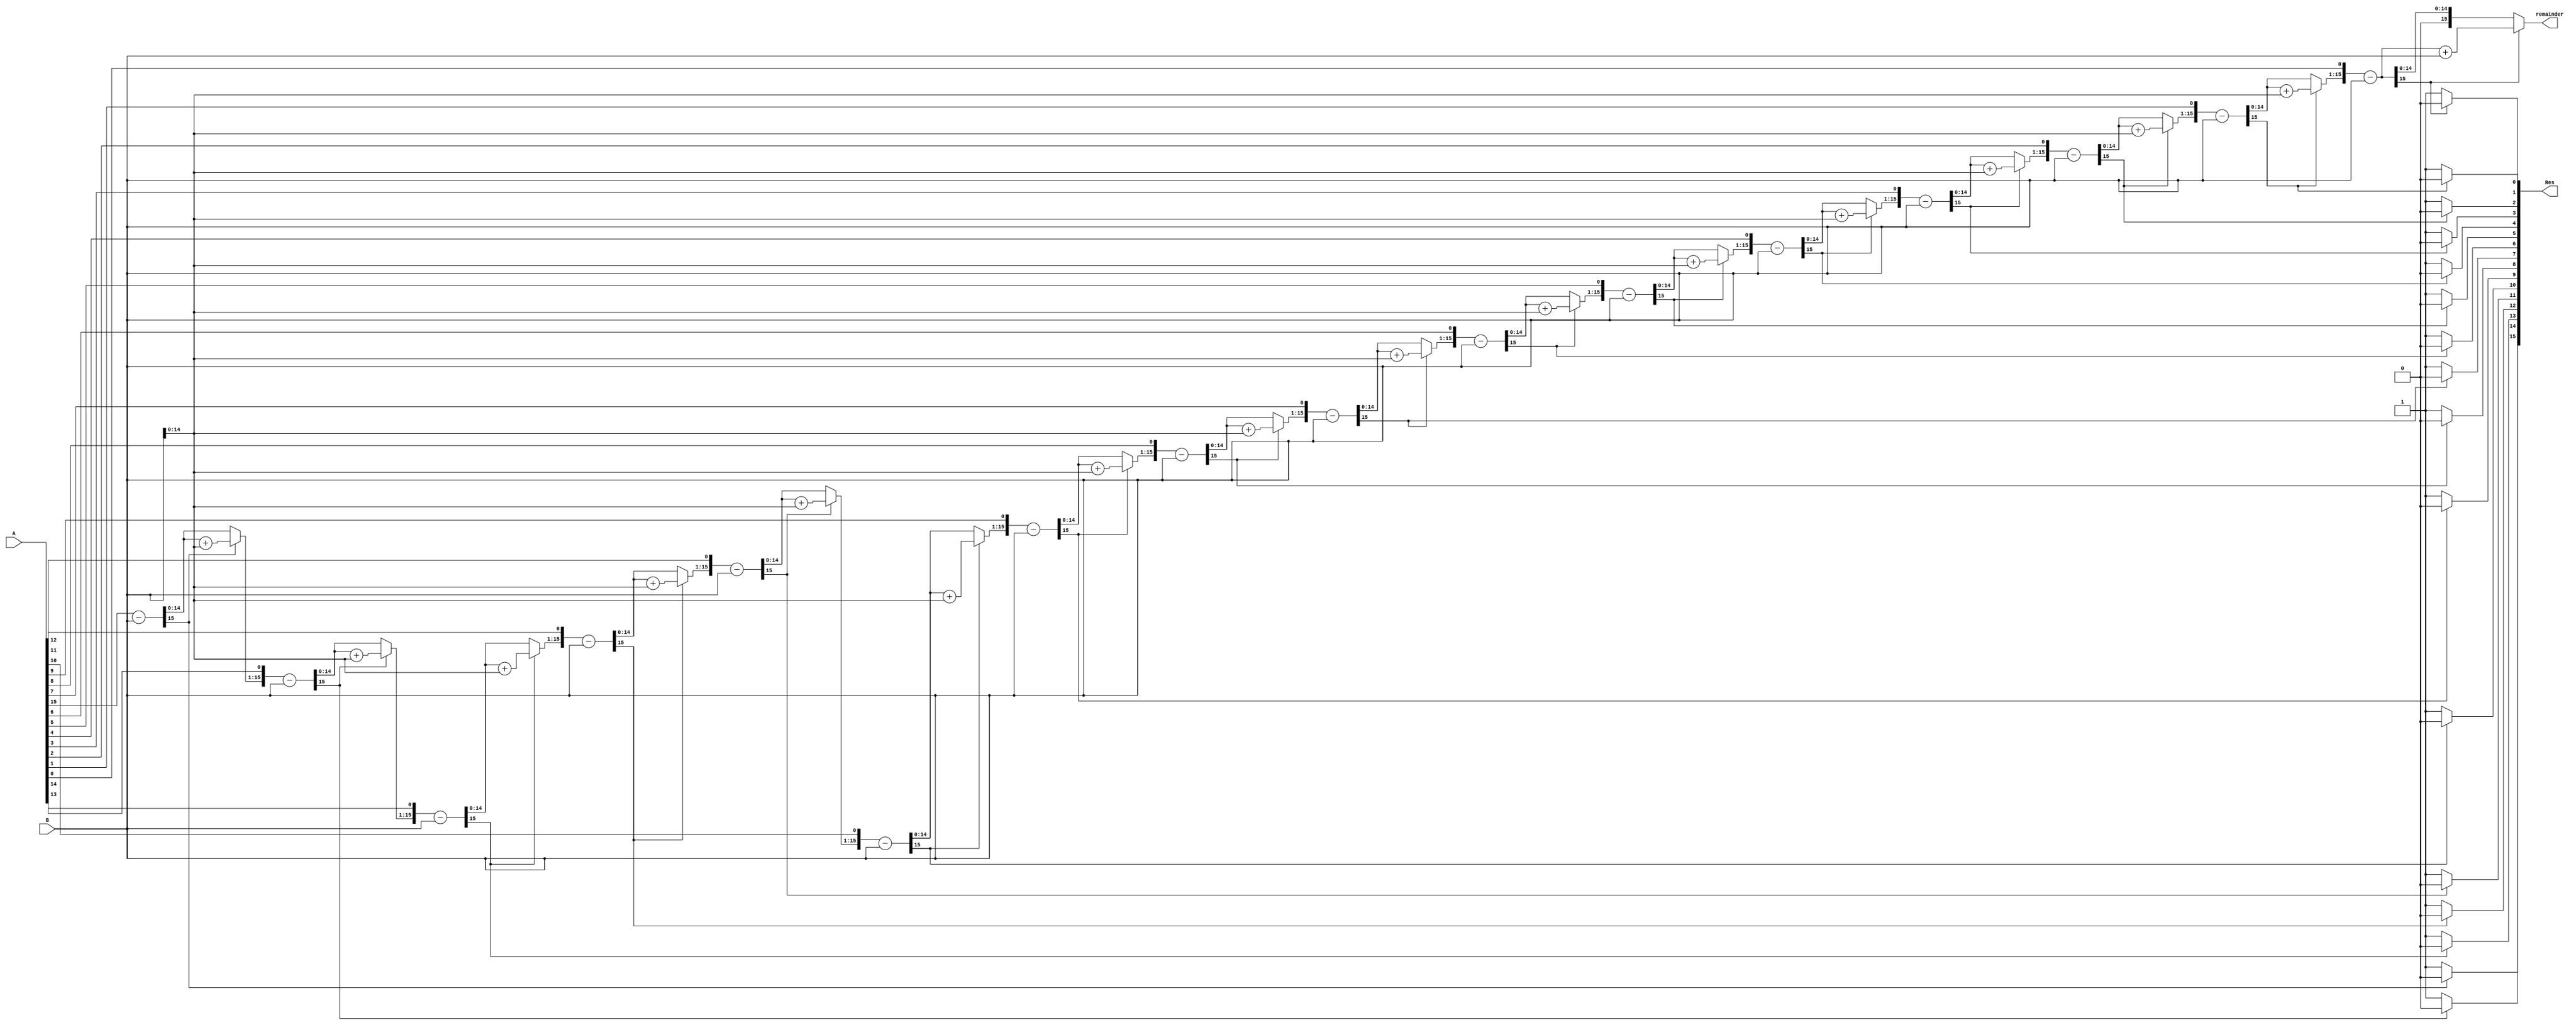
`timescale 1ns / 1ps
module Division16(A,B,Res,remainder);

    parameter WIDTH = 16;
    //input and output ports.
    input [WIDTH-1:0] A;
    input [WIDTH-1:0] B;
    output [WIDTH-1:0] Res;
	 output reg [WIDTH-1:0] remainder;
    //internal variables    
    reg [WIDTH-1:0] Res = 0;
    reg [WIDTH-1:0] a1,b1;
    reg [WIDTH:0] p1;      
	 reg [7:0]remainderL;
    integer i;

    always@ (A or B)
    begin
        a1 = A;		
        b1 = B;		
        p1= 0;			
        for(i=0;i < WIDTH;i=i+1)    begin
            p1 = {p1[WIDTH-2:0],a1[WIDTH-1]};
            a1[WIDTH-1:1] = a1[WIDTH-2:0];
            p1 = p1-b1;
            if(p1[WIDTH-1] == 1)    begin
                a1[0] = 0;			
                p1 = p1 + b1;   end
            else
                a1[0] = 1;
        end
        Res = a1;   
		  {remainderL,remainder} = p1;
	 
	 end 

endmodule